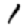
Digit: 1